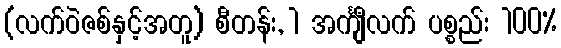
(လက်ဝဲဇစ်နှင့်အတူ) စီတန်း, 1 အင်္ကျီလက် ပစ္စည်း 100%